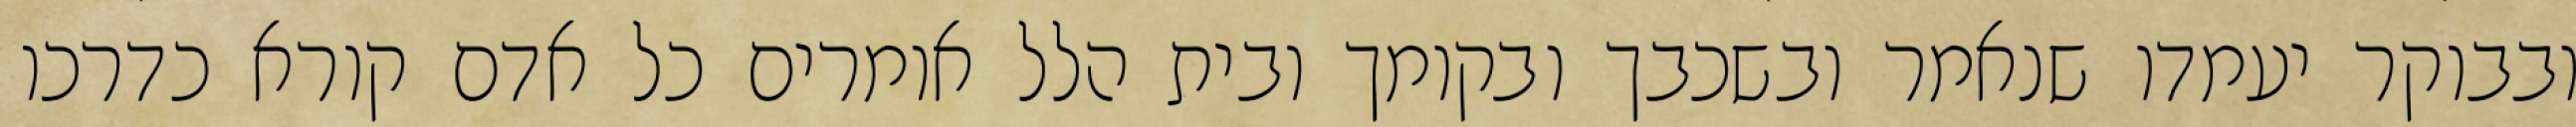
ובבוקר יעמדו שנאמר ובשכבך ובקומך ובית הלל אומרים כל אדם קורא כדרכו